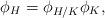
\begin{align*}\phi_H = \phi_{H/K}\phi_K, \end{align*}